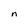
Character: n